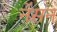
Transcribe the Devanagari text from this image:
नेंसन